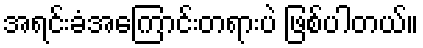
အရင်းခံအကြောင်းတရားပဲ ဖြစ်ပါတယ်။